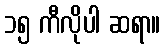
၁၅ ကီလိုပါ ဆရာ။